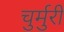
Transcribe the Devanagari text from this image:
चुर्मुरी